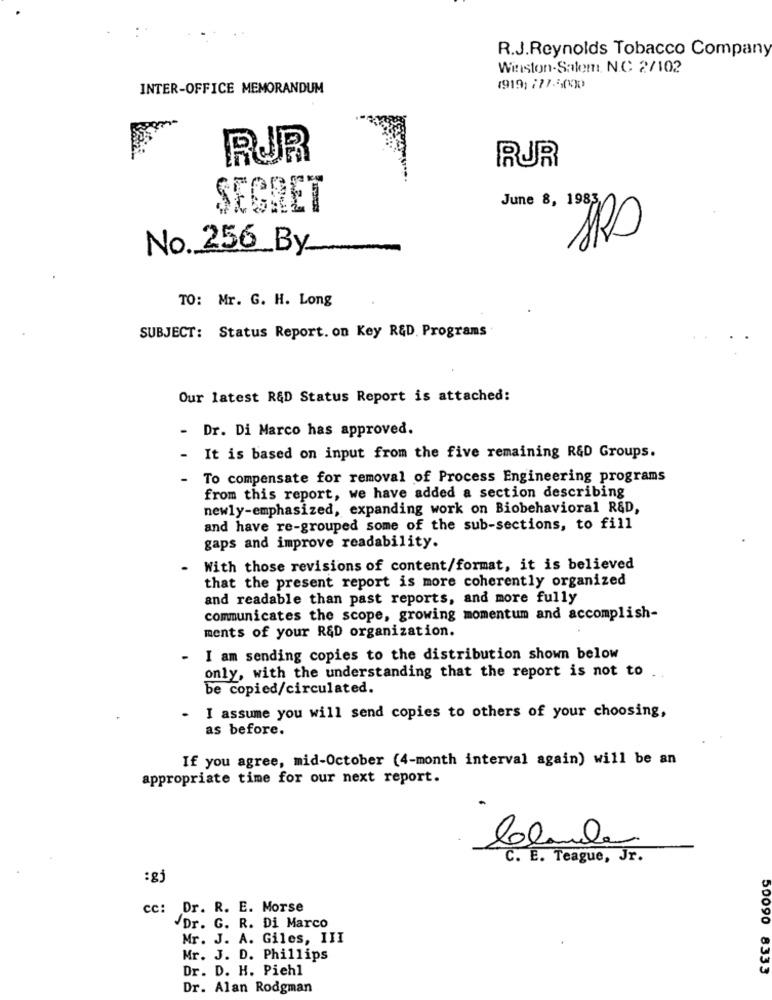
R.J.Reynolds Tobacco Company
Winston-Salem, N.C 2/102
INTER-OFFICE MEMORANDUM
1919) 777.5000
RUR
RUR
SEGRET
June 8, 1983
No ._ 256_By
TO: Mr. G. H. Long
SUBJECT: Status Report. on Key R&D. Programs
Our latest R&D Status Report is attached:
- Dr. Di Marco has approved.
It is based on input from the five remaining R&D Groups.
To compensate for removal of Process Engineering programs
from this report, we have added a section describing
newly-emphasized, expanding work on Biobehavioral R&D,
and have re-grouped some of the sub-sections, to fill
gaps and improve readability.
With those revisions of content/format, it is believed
that the present report is more coherently organized
and readable than past reports, and more fully
communicates the scope, growing momentum and accomplish-
ments of your R&D organization.
I am sending copies to the distribution shown below
only, with the understanding that the report is not to
be copied/circulated.
I assume you will send copies to others of your choosing,
as before.
If you agree, mid-October (4-month interval again) will be an
appropriate time for our next report.
Claude
C. E. Teague, Jr.
:gj
cc: Dr. R. E. Morse
/Dr. G. R. Di Marco
Mr. J. A. Giles, III
Mr. J. D. Phillips
Dr. D. H. Piehl
50090 8333
Dr. Alan Rodgman